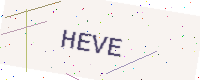
Text: HEVE